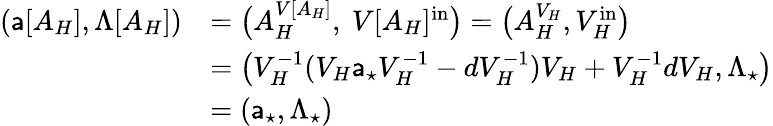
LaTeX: \begin{array}{rl}{({\mathsf{a}}[A_{H}],\Lambda[A_{H}])}&{=\big(A_{H}^{{V}[A_{H}]},\ {V}[A_{H}]^{\mathrm{in}}\big)=\big(A_{H}^{{V}_{H}},{V}_{H}^{\mathrm{in}}\big)}\\ &{=\big({V}_{H}^{-1}({V}_{H}{\mathsf{a}}_{\star}{V}_{H}^{-1}-d{V}_{H}^{-1}){V}_{H}+{V}_{H}^{-1}d{V}_{H},\Lambda_{\star}\big)}\\ &{=({\mathsf{a}}_{\star},\Lambda_{\star})}\end{array}